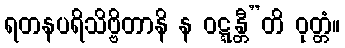
ရတနပရိသိဗ္ဗိတာနိ န ဝဋ္ဋန္တီ”တိ ဝုတ္တံ။